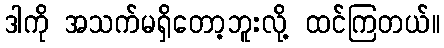
ဒါကို အသက်မရှိတော့ဘူးလို့ ထင်ကြတယ်။